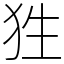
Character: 狌